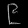
Digit: ၉